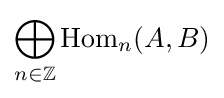
\bigoplus _{n\in \mathbb {Z} }\operatorname {Hom} _{n}(A,B)